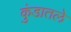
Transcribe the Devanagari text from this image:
कुंडातले